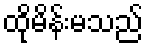
ထိုမိန်းမသည်